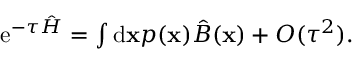
\begin{array} { r } { \mathrm { e } ^ { - \tau \hat { H } } = \int \mathrm { d } \mathbf x p ( \mathbf x ) \hat { B } ( \mathbf x ) + O ( \tau ^ { 2 } ) . } \end{array}